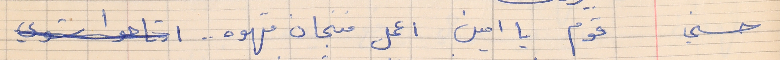
حسني     قوم يا امين اعمل فنجان قهوه . .